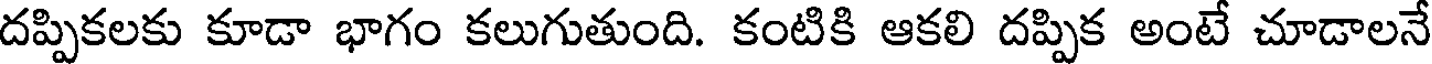
దప్పికలకు కూడా భాగం కలుగుతుంది. కంటికి ఆకలి దప్పిక అంటే చూడాలనే